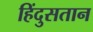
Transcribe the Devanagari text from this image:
हिंदुसतान